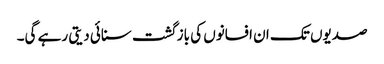
صدیوں تک ان افسانوں کی باز گشت سنائی دیتی رہے گی۔